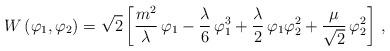
LaTeX: \begin{align*}{ W}\,(\varphi_1, \varphi_2) =\sqrt{2}\left[ \frac{m^2}{\lambda} \,\varphi_1-\frac{\lambda}{6} \,\varphi_1^3 +\frac{\lambda}{2}\,\varphi_1\varphi_2^2+\frac{\mu}{\sqrt{2}}\,\varphi_2^2\right]\,,\end{align*}